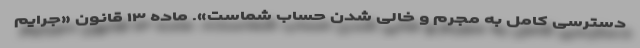
دسترسی کامل به مجرم و خالی شدن حساب شماست». ماده ۱۳ قانون «جرایم